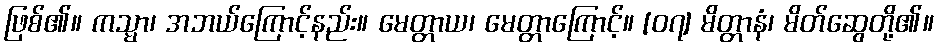
ဖြစ်၏။ ကသ္မာ၊ အဘယ်ကြောင့်နည်း။ မေတ္တာယ၊ မေတ္တာကြောင့်။ [၀၇] မိတ္တာနံ၊ မိတ်ဆွေတို့၏။